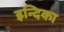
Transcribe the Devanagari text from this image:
इन्दिका